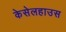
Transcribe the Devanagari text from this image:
केसेलहाउस